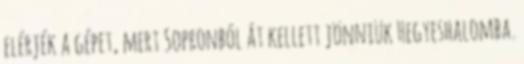
elérjék a gépet, mert Sopronból át kellett jönniük Hegyeshalomba.